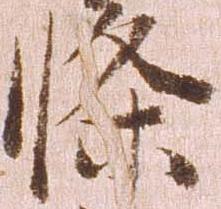
条